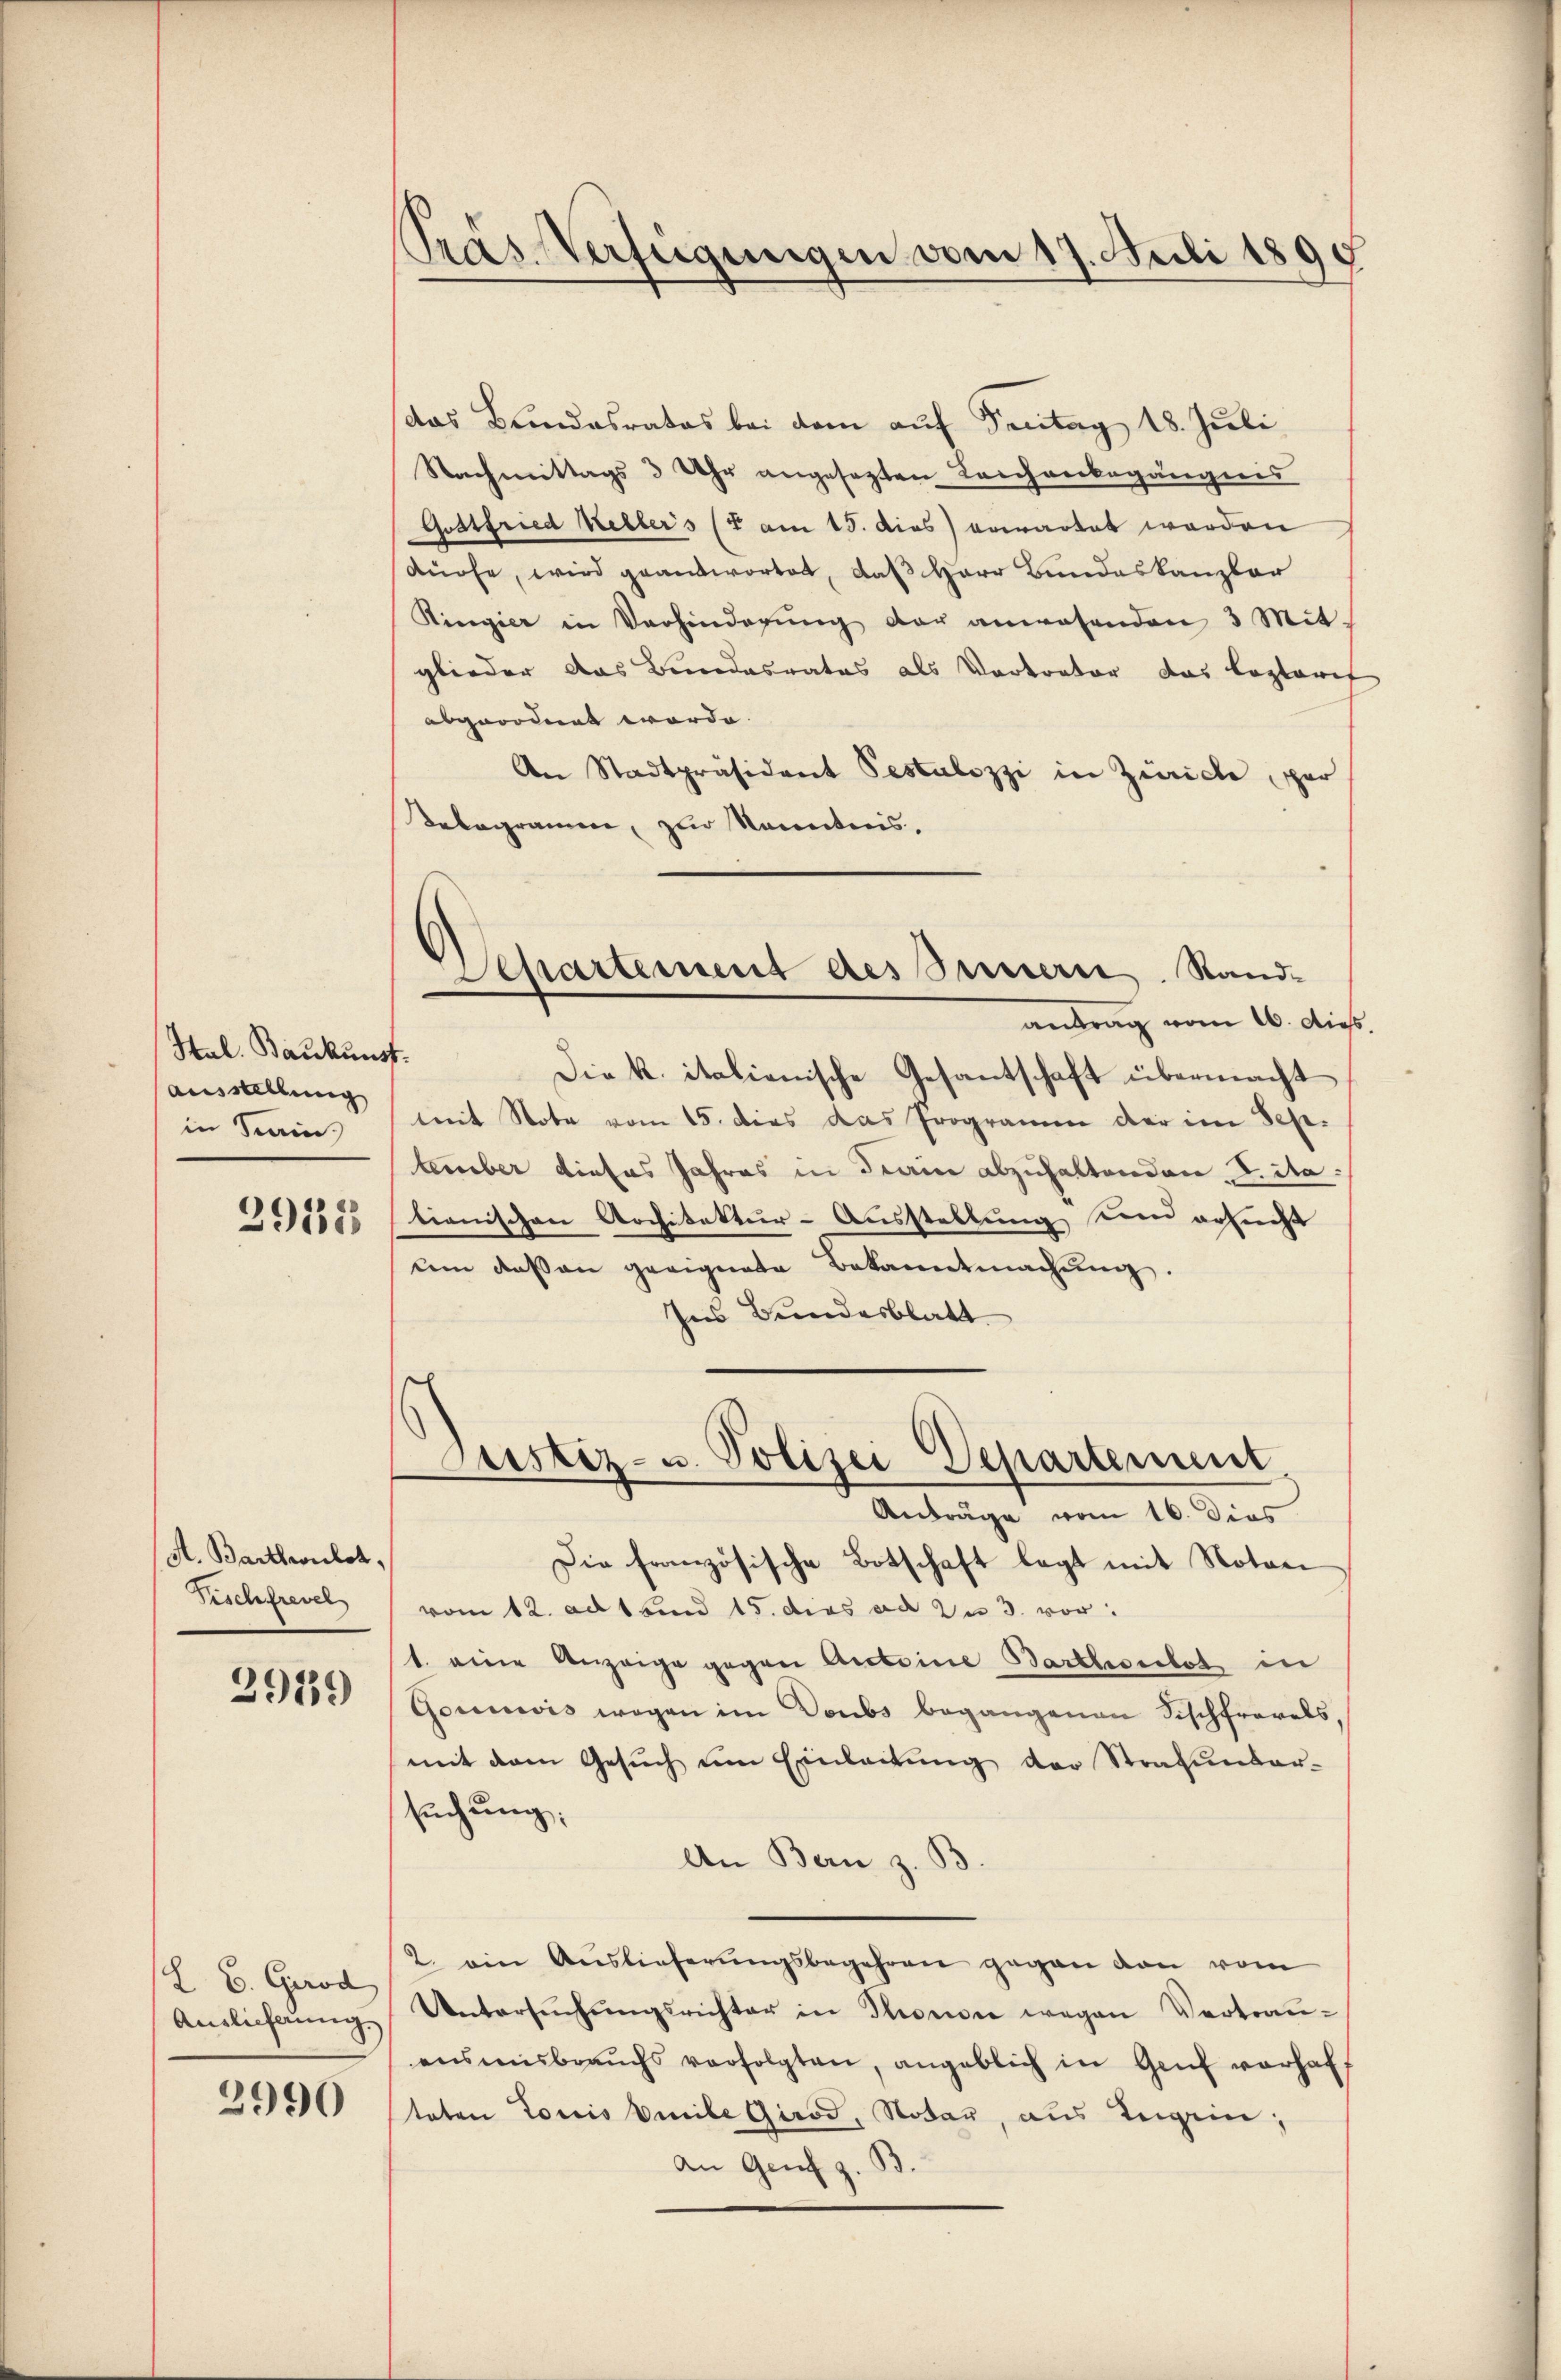
Pras Verfügungen vom 17. Juli 1895

das Bundesrates bei dem auf Freitag 18. Juli
Nachmittags 3 Uhr angesezten Leichenbegängnis
Gostfried Kellers (E am 15. dies) erwartet worden
dürfe, wird geantwortet, daß Herr Bundeskanzler
Ringier in Verhinderŭng der anwesenden 3 Mit-
glieder das Bundesrates als Vertrator das loptori
abgeordnet worde. |
An Stadtpräsident Pestalozzi in Zürich, per
Telegramen, zur Kenntnis,
Die k. italienische Gesantschaft übermacht
anstellung mit Note vom 15. dies das Programm der im September dieses Jahres in Train abzuhaltenden F. ita:
tionischen Architektur-Ausstellung den ersucht
um dessen geeignete Bekanntmachŭng.
Ins Bundesblatt
Justiz- u. Polizei Departement
Anträge vom 16. dies
Die französische Botschaft legt mit Notan
vom 12. ad 1 und 15. dies ad zu 3. vor:
1. eine Anzeige gegen Ansteine Bartheilet in
Gounwis wegen im Doubs begangenen Fischfrevels
mit dem Gesŭch am Einleitŭng der Strafunter-
suchung;
An Bern z. B.
2. ein Auslieferŭngsbegehren gegen dan vom
Untersŭchŭngsrichter in Thronone wegen Vertrau-
ensmisbrauchs verfolgten, angeblich in Genf vorhaff
teten Tonis beile Girod, Notar, aus Legein;
An Genf z. B.

Departement des Innern. Sandantrag vom 16. die

Hal. Baukunst.
in Krain

2918

A. Barthwilch,
Tischfrevel

2979

L. B. Grod
Anslieferung.

2990